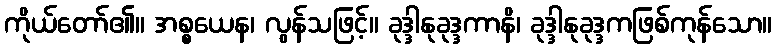
ကိုယ်တော်၏။ အစ္စယေန၊ လွန်သဖြင့်။ ခုဒ္ဒါနုခုဒ္ဒကာနိ၊ ခုဒ္ဒါနုခုဒ္ဒကဖြစ်ကုန်သော။